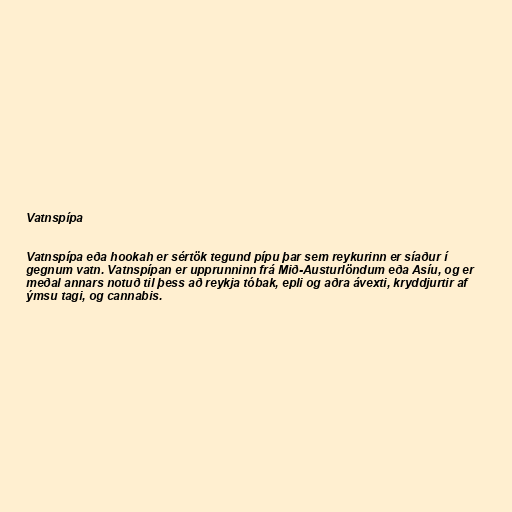
Vatnspípa

Vatnspípa eða hookah er sértök tegund pípu þar sem reykurinn er síaður í
gegnum vatn. Vatnspípan er upprunninn frá Mið-Austurlöndum eða Asíu, og er
meðal annars notuð til þess að reykja tóbak, epli og aðra ávexti, kryddjurtir af
ýmsu tagi, og cannabis.